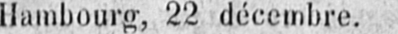
Hambourg, 22 décembre.